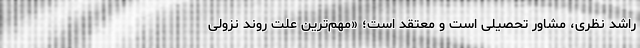
راشد نظری، مشاور تحصیلی است و معتقد است؛ «مهم‌ترین علت روند نزولی